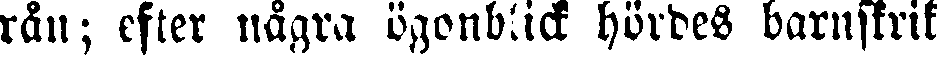
rån; efter några ögonblick hördes barnskrik